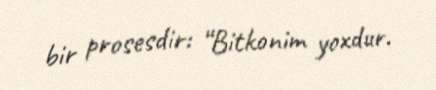
bir prosesdir: “Bitkonim yoxdur.